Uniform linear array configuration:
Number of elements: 8
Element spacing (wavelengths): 0.5
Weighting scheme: hann
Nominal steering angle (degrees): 15
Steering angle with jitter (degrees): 16.82
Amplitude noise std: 0.05
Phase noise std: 0.05

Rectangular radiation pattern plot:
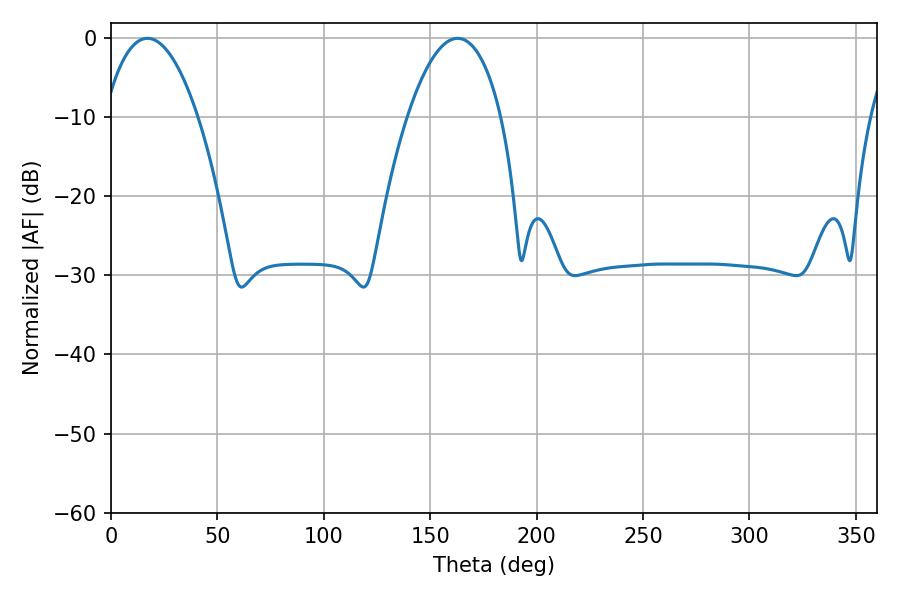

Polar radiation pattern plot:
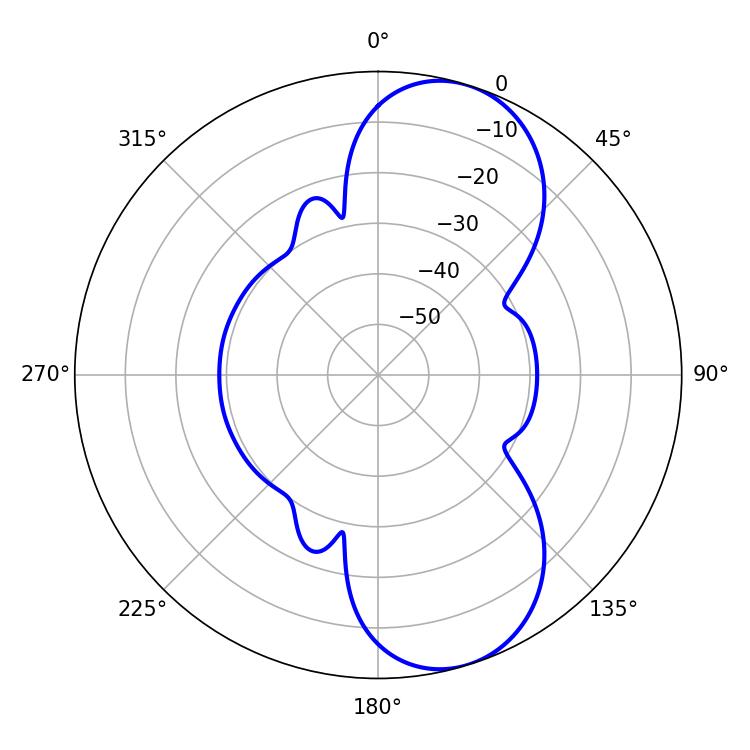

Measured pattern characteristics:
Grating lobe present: FALSE
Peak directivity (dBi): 8.572
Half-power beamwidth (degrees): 24.48
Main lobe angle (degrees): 17.1